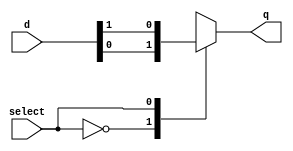
`timescale 1ns / 1ps
//////////////////////////////////////////////////////////////////////////////////
// Company: 
// 
// Design Name: 
// Module Name: mux_2
// Project Name: 
// Target Devices: 
// Tool Versions: 
// Description: 
// 
// Dependencies: 
// 
// Revision:
// Revision 0.01 - File Created
// Additional Comments:
// 
//////////////////////////////////////////////////////////////////////////////////


module mux_2(input[2-1:0] d, input select, output reg q);

always@(d or select)
begin
    case(select)
       0: q = d[0];
       1: q = d[1];
    endcase
end
endmodule